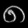
Digit: ၈